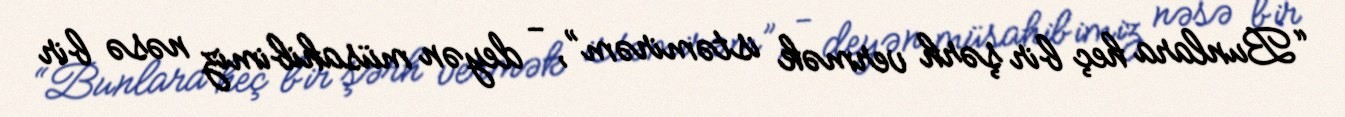
“Bunlara heç bir şərh vermək istəmirəm”, - deyən müsahibimiz nəsə bir